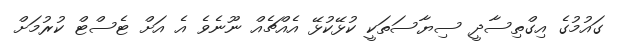
ގައުމުގެ އިގްތިސާދީ ސިޔާސަތަކީ ކުޅޭކުޅޭ އެއްޗެއް ނޫނެވެ އެ އަށް ޓެސްޓް ކުރުމަށް